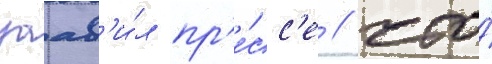
заав'и́л пр'е́сс'е / что́